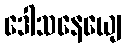
ဒေါသနေယျေ